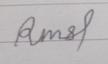
Signature authenticity: forged